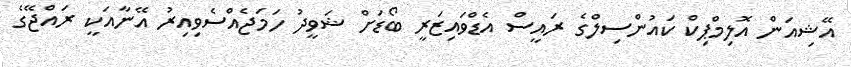
އޭޝިއަން އޮލިމްޕިކް ކައުންސިލްގެ ރައީސް އެޑްވައިޒަރީ ބޯޑަށް ޝަވީދު ހަމަޖެއްސެވިއިރު އޭނާއަކީ ރައްޖޭގެ